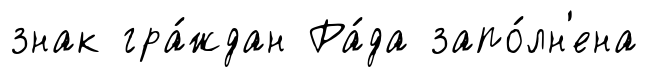
знак гра́ждан Ра́да запо́лн'ена